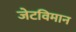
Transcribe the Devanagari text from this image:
जेटविमान